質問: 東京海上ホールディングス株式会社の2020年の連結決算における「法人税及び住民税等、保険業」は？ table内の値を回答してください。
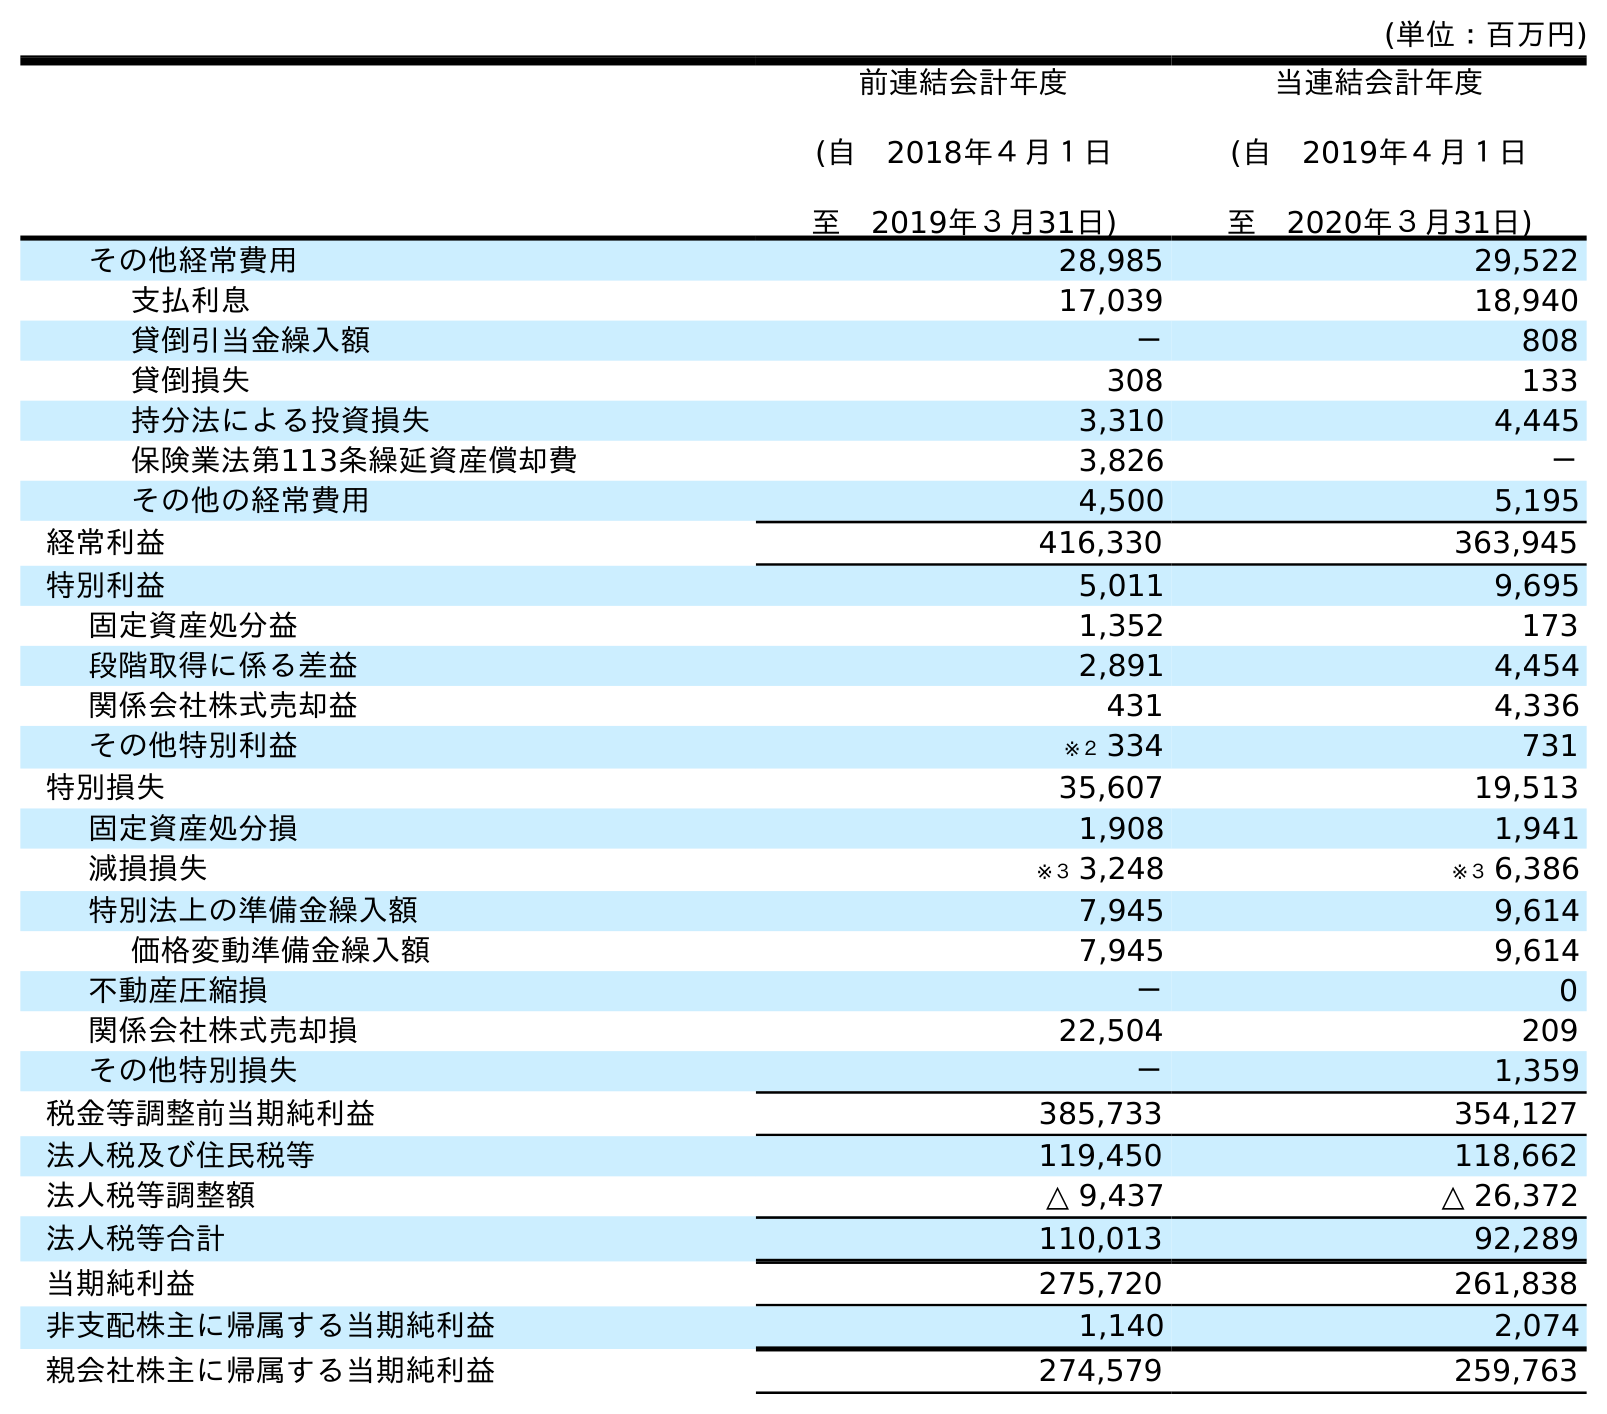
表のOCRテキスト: (単位：百万円) 前連結会計年度 (自 2018年４月１日 至 2019年３月31日) 当連結会計年度 (自 2019年４月１日 至 2020年３月31日) その他経常費用 28,985 29,522 支払利息 17,039 18,940 貸倒引当金繰入額 － 808 貸倒損失 308 133 持分法による投資損失 3,310 4,445 保険業法第113条繰延資産償却費 3,826 － その他の経常費用 4,500 5,195 経常利益 416,330 363,945 特別利益 5,011 9,695 固定資産処分益 1,352 173 段階取得に係る差益 2,891 4,454 関係会社株式売却益 431 4,336 その他特別利益 ※２ 334 731 特別損失 35,607 19,513 固定資産処分損 1,908 1,941 減損損失 ※３ 3,248 ※３ 6,386 特別法上の準備金繰入額 7,945 9,614 価格変動準備金繰入額 7,945 9,614 不動産圧縮損 － 0 関係会社株式売却損 22,504 209 その他特別損失 － 1,359 税金等調整前当期純利益 385,733 354,127 法人税及び住民税等 119,450 118,662 法人税等調整額 △ 9,437 △ 26,372 法人税等合計 110,013 92,289 当期純利益 275,720 261,838 非支配株主に帰属する当期純利益 1,140 2,074 親会社株主に帰属する当期純利益 274,579 259,763
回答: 118,662